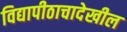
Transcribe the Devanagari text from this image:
विद्यापीठाचादेखील